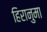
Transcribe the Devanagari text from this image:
हिरानुमा